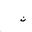
Letter: _non